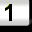
Digit: 1